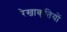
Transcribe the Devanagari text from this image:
रेखाकृतियों